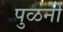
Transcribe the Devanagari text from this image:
पुळनी